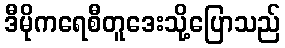
ဒီမိုကရေစီတူဒေးသို့ပြောသည်